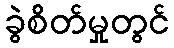
ခွဲစိတ်မှုတွင်